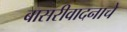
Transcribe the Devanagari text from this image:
बासरीवादनाचे